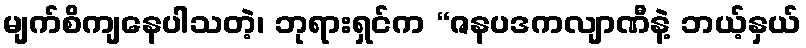
မျက်စိကျနေပါသတဲ့၊ ဘုရားရှင်က “ဇနပဒကလျာဏီနဲ့ ဘယ့်နှယ်